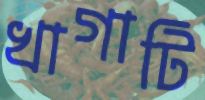
খাগাটি